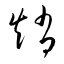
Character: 趙